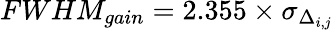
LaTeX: FWHM_{gain}=2.355\times\sigma_{\Delta_{i,j}}